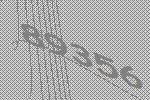
89356